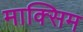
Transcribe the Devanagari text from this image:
माक्सिम